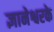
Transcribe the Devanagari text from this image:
ज्ञानेश्वरके